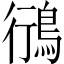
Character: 鴴